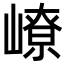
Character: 嶛